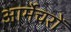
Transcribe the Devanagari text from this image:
आर्मेचरों